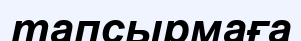
тапсырмаға